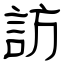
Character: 訪